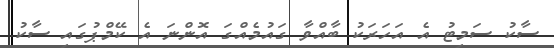
ސާކު ސަމިޓު އެ އަހަރަކު ބާއްވާ ގައުމެއްގަ އޮންނަ އެ ކޭމްޕުގައި ސާކު